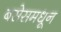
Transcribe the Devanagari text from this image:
बसेसमधून